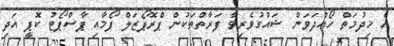
އެ ޚިދުމަތް ހޯއްދަވަން ޝައުގުވެރިވާ ފަރާތްތަކުން ޕްރޮޕޯޒަލް ފޯމާއި ޕާސްޕޯޓު ކޮޕީ އަދި